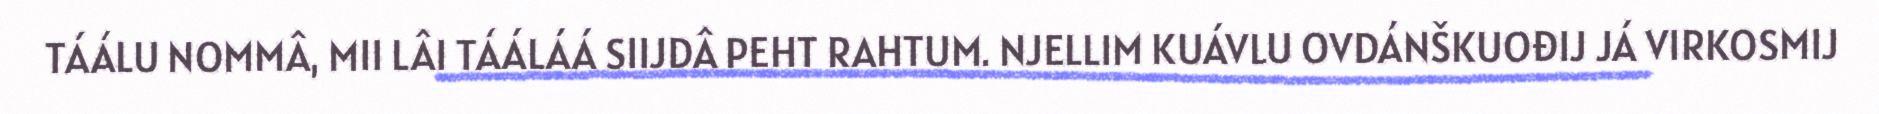
TÁÁLU NOMMÂ, MII LÂI TÁÁLÁÁ SIIJDÂ PEHT RAHTUM. NJELLIM KUÁVLU OVDÁNŠKUOĐIJ JÁ VIRKOSMIJ